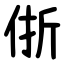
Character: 㑜